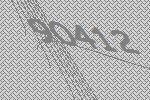
90412